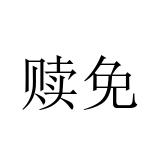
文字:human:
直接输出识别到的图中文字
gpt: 赎免